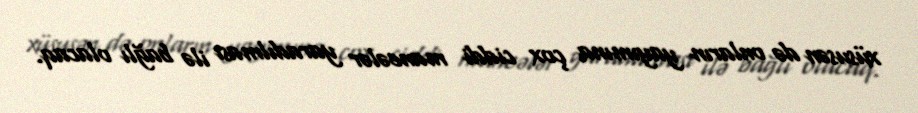
xüsusən də onların yayımına çox ciddi maneələr yaradılması ilə bağlı olacaq.